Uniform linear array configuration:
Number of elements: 64
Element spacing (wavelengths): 0.25
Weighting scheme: hann
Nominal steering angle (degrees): -30
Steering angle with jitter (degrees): -30.812
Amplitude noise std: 0.05
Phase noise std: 0.05

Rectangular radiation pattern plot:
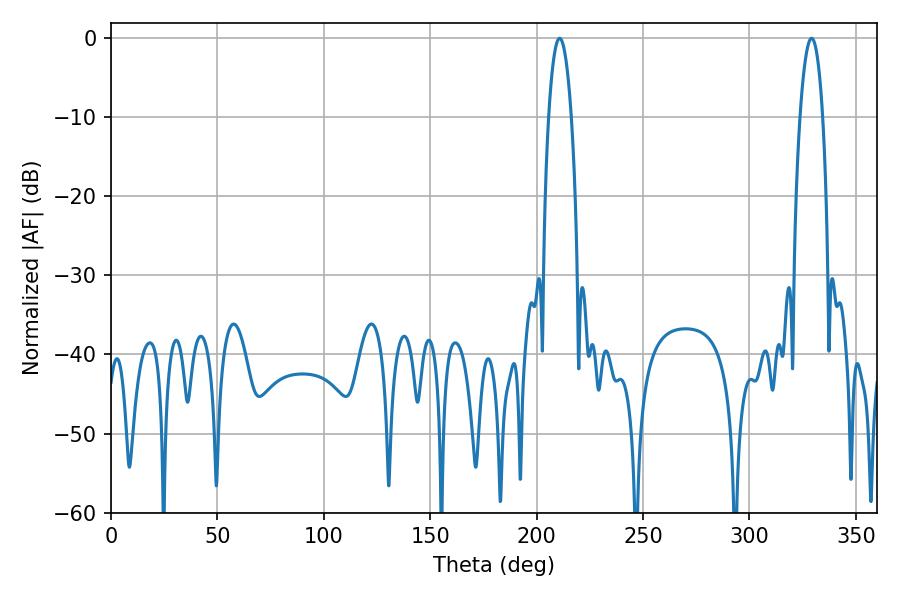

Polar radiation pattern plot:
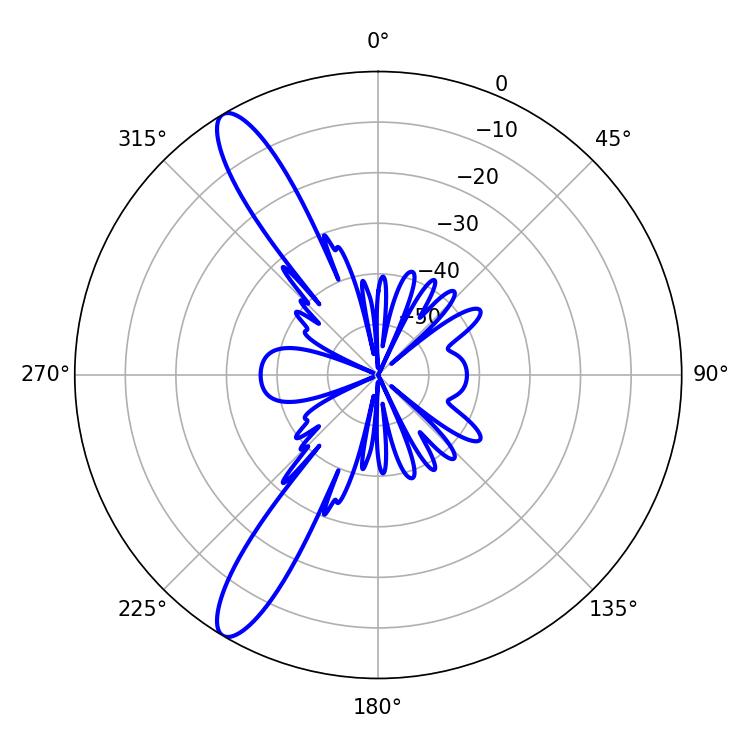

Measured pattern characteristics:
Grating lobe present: FALSE
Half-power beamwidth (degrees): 5.94
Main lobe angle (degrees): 210.78